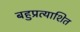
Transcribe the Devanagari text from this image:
बहुप्रत्याशित